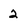
Character: 2